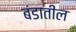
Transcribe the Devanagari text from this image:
बंडातील